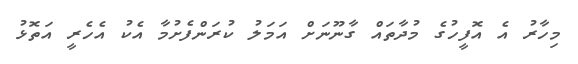
މިހާރު އެ އޮފީހުގެ މުދާތައް ގާނޫނަށް އަމަލު ކުރަންފެށުމާ އެކު އެހެރީ އަތޮޅު